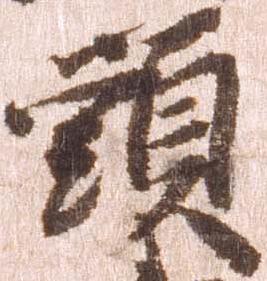
頭